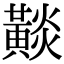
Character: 𪏋